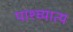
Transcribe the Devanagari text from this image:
पाश्च्यात्य